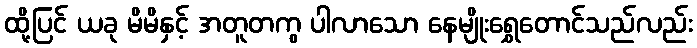
ထို့ပြင် ယခု မိမိနှင့် အတူတကွ ပါလာသော နေမျိုးရွှေတောင်သည်လည်း